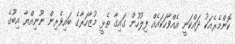
ކޮންމެރެއަކު ދައްކަނީ އެއްވާހަކައެއް ފިލުހުން ގައިގާ ތެޅީ މުޒާހަރާގެ ބައިވެރިން ނޫނިއްޔާ އިބޫގެ